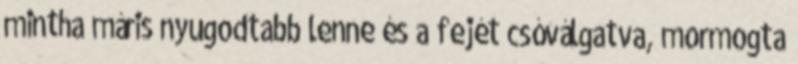
mintha máris nyugodtabb lenne és a fejét csóválgatva, mormogta